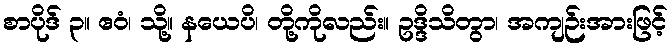
စာပိုဒ် ၃။ ဧဝံ၊ သို့။ နယေပိ၊ တို့ကိုလည်း။ ဥဒ္ဒိသိတွာ၊ အကျဉ်းအားဖြင့်